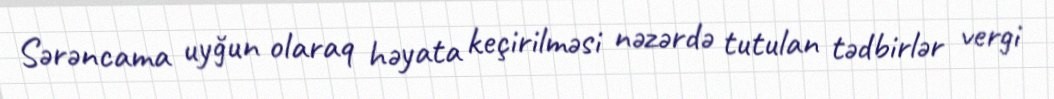
Sərəncama uyğun olaraq həyata keçirilməsi nəzərdə tutulan tədbirlər vergi